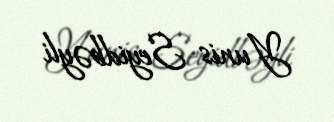
Yunis Seyidbəyli